Annual administration report of the Civil Veterinary Department of India - 1894-1895
Year: 1894
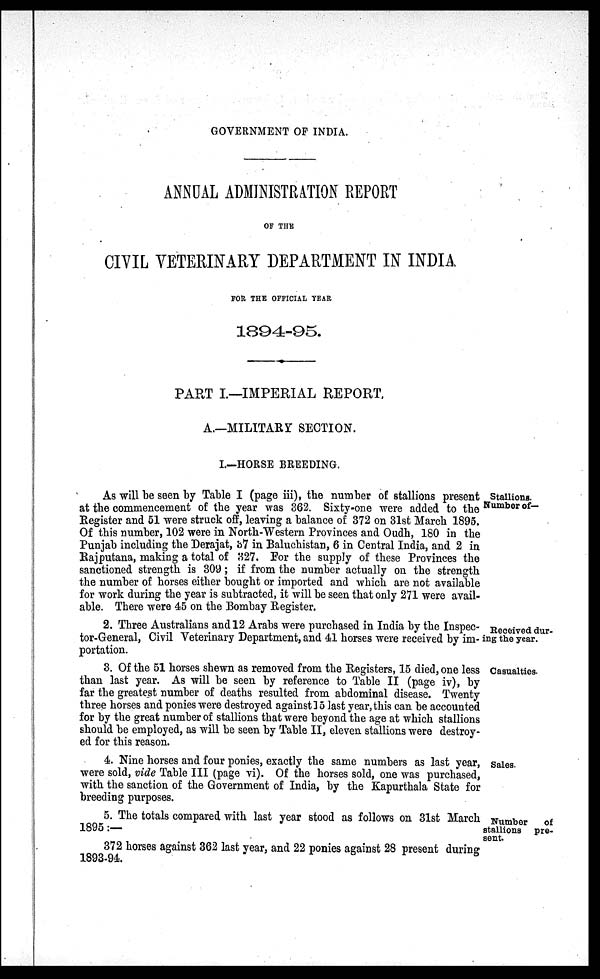
GOVERNMENT OF INDIA.
ANNUAL ADMINISTRATION REPORT
OF THE
CIVIL VETERINARY DEPARTMENT IN INDIA
FOR THE OFFICIAL YEAR
1894-95.
PART I.—IMPERIAL REPORT,
A.—MILITARY SECTION.
I.—HORSE BREEDING.
Stallions.
Number of—
As will be seen by Table I (page iii), the number of stallions present
at the commencement of the year was 362. Sixty-one were added to the
Register and 51 were struck off, leaving a balance of 372 on 31st March 1895.
Of this number, 102 were in North-Western Provinces and Oudh, 180 in the
Punjab including the Derajat, 37 in Baluchistan, 6 in Central India, and 2 in
Rajputana, making a total of 327. For the supply of these Provinces the
sanctioned strength is 309; if from the number actually on the strength
the number of horses either bought or imported and which are not available
for work during the year is subtracted, it will be seen that only 271 were avail-
able. There were 45 on the Bombay Register.
Received dur-
ing the year.
2. Three Australians and 12 Arabs were purchased in India by the Inspec-
tor-General, Civil Veterinary Department, and 41 horses were received by im-
portation.
Casualties.
3. Of the 51 horses shewn as removed from the Registers, 15 died, one less
than last year. As will be seen by reference to Table II (page iv), by
far the greatest number of deaths resulted from abdominal disease. Twenty
three horses and ponies were destroyed against 15 last year, this can be accounted
for by the great number of stallions that were beyond the age at which stallions
should be employed, as will be seen by Table II, eleven stallions were destroy-
ed for this reason.
Sales.
4. Nine horses and four ponies, exactly the same numbers as last year,
were sold, vide Table III (page vi). Of the horses sold, one was purchased,
with the sanction of the Government of India, by the Kapurthala State for
breeding purposes.
Number of
stallions pre-
sent.
5. The totals compared with last year stood as follows on 31st March
1895:—
372 horses against 362 last year, and 22 ponies against 28 present during
1893-94.